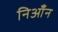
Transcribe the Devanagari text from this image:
निआँन